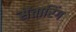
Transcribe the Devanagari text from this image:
सेंतारिंग